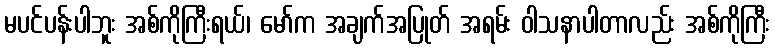
မပင်ပန်းပါဘူး အစ်ကိုကြီးရယ်၊ မော်က အချက်အပြုတ် အရမ်း ဝါသနာပါတာလည်း အစ်ကိုကြီး